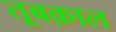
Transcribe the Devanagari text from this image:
तूबक़ाल